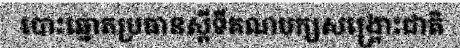
បោះឆ្នោតប្រធានស្តីទីគណបក្សសង្គ្រោះជាតិ